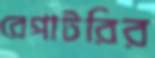
রেপাটরির